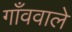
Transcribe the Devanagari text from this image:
गाँववाले